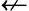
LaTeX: \nleftarrow